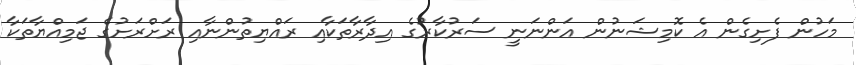
މަހުން ފެށިގެން އެ ކޮމިޝަނުން އަންނަނީ ސަރުކާރުގެ އިދާރާތަކާއި ރައްޔިތުންނާއި ރަށްރަށުގެ ޖަމިއްޔާތަކާ